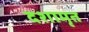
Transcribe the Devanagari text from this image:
दशामृत